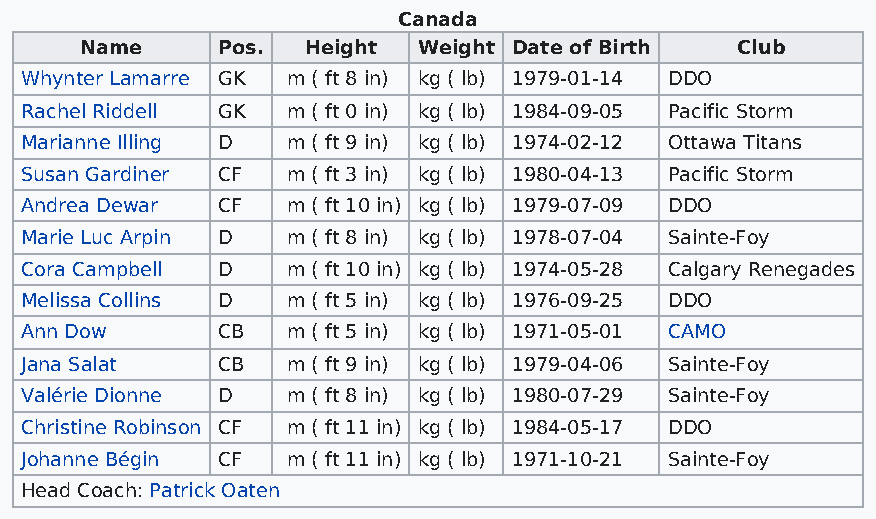
Canada
 Name     Pos.  Height  Weight Date of Birth Club
 Whynter Lamarre GK m ( ft 8 in) kg ( lb) 1979-01-14 DDO
 Rachel Riddell GK m ( ft 0 in) kg ( lb) 1984-09-05 Pacific Storm
 Marianne Illing D m ( ft 9 in) kg ( lb) 1974-02-12 Ottawa Titans
 Susan Gardiner CF m ( ft 3 in) kg ( lb) 1980-04-13 Pacific Storm
 Andrea Dewar CF   m ( ft 10 in) kg ( lb) 1979-07-09 DDO
 Marie Luc Arpin D m ( ft 8 in) kg ( lb) 1978-07-04 Sainte-Foy
 Cora Campbell D   m ( ft 10 in) kg ( lb) 1974-05-28 Calgary Renegades
 Melissa Collins D m ( ft 5 in) kg ( lb) 1976-09-25 DDO
 Ann Dow      CB   m ( ft 5 in) kg ( lb) 1971-05-01 CAMO
 Jana Salat   CB   m ( ft 9 in) kg ( lb) 1979-04-06 Sainte-Foy
 Valérie Dionne D  m ( ft 8 in) kg ( lb) 1980-07-29 Sainte-Foy
 Christine Robinson CF m ( ft 11 in) kg ( lb) 1984-05-17 DDO
 Johanne Bégin CF  m ( ft 11 in) kg ( lb) 1971-10-21 Sainte-Foy
 Head Coach: Patrick Oaten